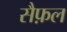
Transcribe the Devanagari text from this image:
सैफ़ल